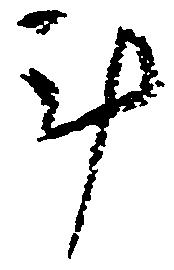
計